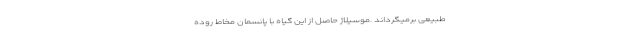
طبیعی برمیگرداند .موسیلاژ حاصل از این گیاه با پانسمان مخاط روده